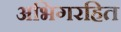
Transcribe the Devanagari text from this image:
अभिगरहित